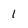
Character: 1